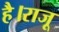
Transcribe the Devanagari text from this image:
है।राजू